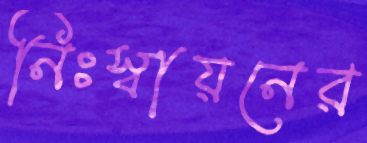
নিঃস্বায়নের